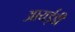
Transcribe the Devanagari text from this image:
आयईडी